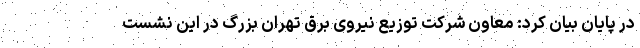
در پایان بیان کرد: معاون شرکت توزیع نیروی برق تهران بزرگ در این نشست